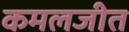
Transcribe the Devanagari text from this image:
कमलजीत